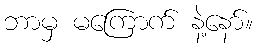
ဘာမှ မကြောက် နဲ့နော်။